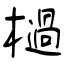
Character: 檛